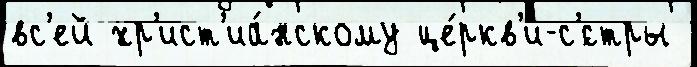
вс'ей хр'ист'иа́нскому це́ркв'и-с'́стры